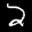
Label: 2